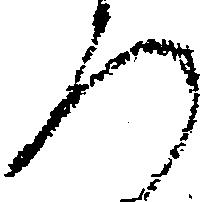
ろ